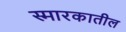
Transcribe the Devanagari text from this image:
स्मारकातील